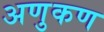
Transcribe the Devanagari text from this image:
अणुकण